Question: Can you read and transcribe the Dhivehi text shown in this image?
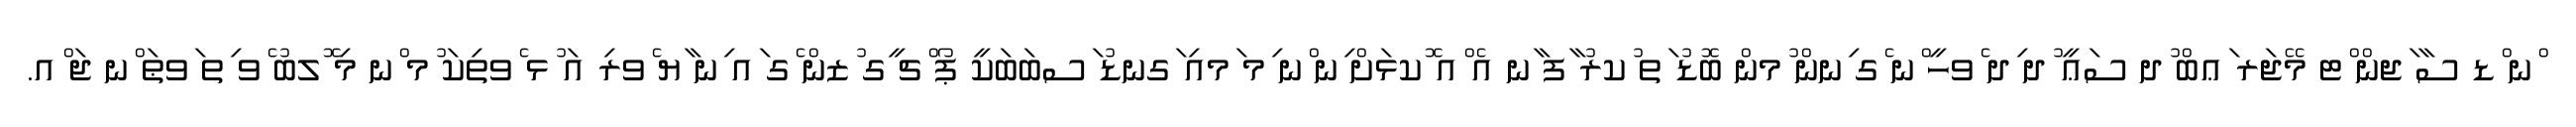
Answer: ްނ ްޑ ސާ ަޖން ްޓ މޭޖަރ ަޢބް ުދ ސަޢީ ުދ ިދ ެވހީ ްނ ެގ ިނން ުމން ބޮޑު ަތ ުކރު ާފ ާނ އެ ްއ ޮކޅަށް ިނ ްނ ިމ ަމއި ަގނޑު ަސބަބަކީ ޕޯ ްޗ ީގ ުޒން ެގ ައ ިނ ާޔ ެވރި އަ ުޅ ެވތިކަ ުމ ްނ މި ޮލބު ެވ ިތ ަވޠަ ްނ ޖަ ްއ.